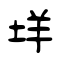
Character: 垟